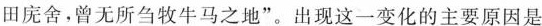
田庑舍，曾无所刍牧牛马之地”。出现这一变化的主要原因是